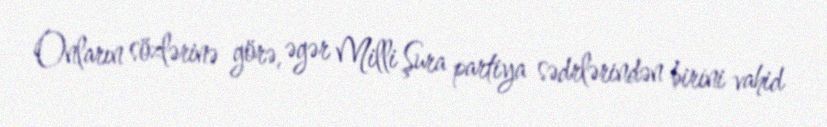
Onların sözlərinə görə, əgər Milli Şura partiya sədrlərindən birini vahid